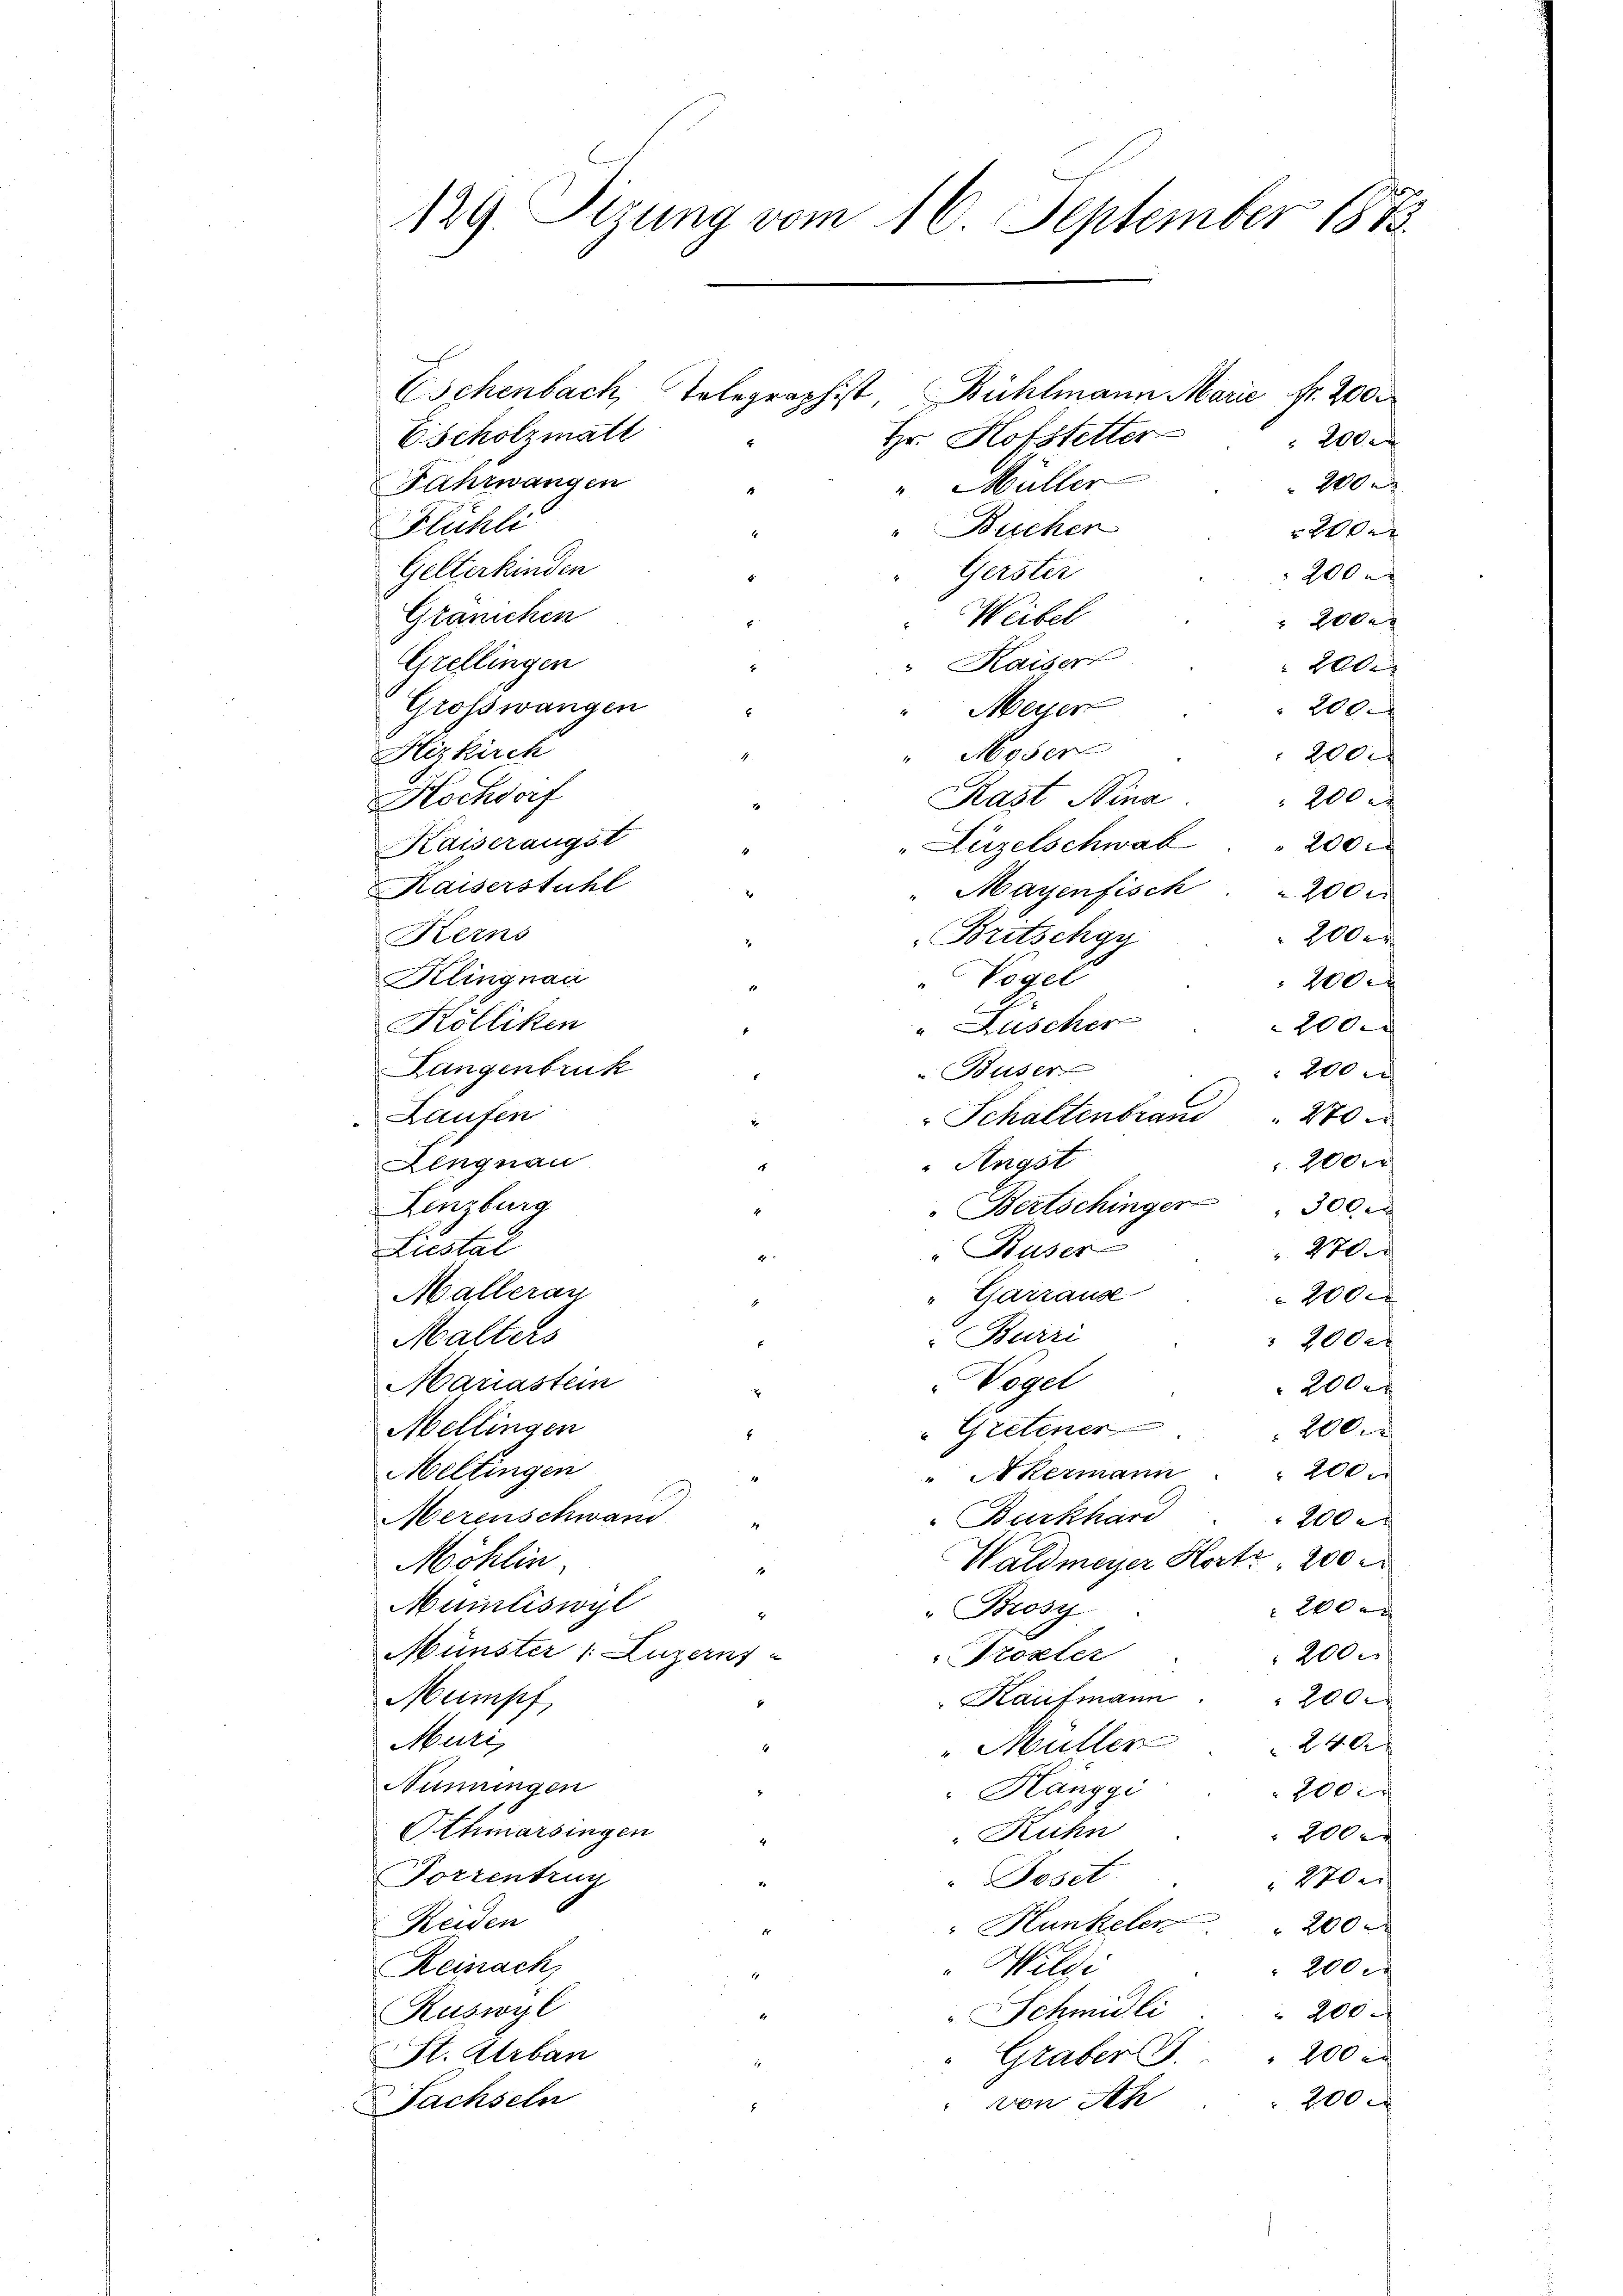
129. Sizung vom 16. September 1873.

Eschenbach, Tolegraphist, Bühlmann Marie fr. 200.
Escholzmate
Hr. Hofstetter
Fahrwangen
" Müller
Flühli
" Bischen
Gelterkinden
Gerster
200
Gränichen
Weibel
 2000
" Kaiser
Grellingen
200
Großwangen
 200.
" Meyer
" Moser
Hizkirch
200 f
Rast Nina
Hochdorf
200 r
Kaiserangst
"Hirzelschwal  "  200 r
Kaiserstuhl
" Mayenfisch   200
200 er
Kerns
Britschgy
Tegel
Klingnau
200 r
" Lüscher
Kölliken
2000
Langenbruck
u Buser
200 r
Laufen
Schaltenbrand " 270
200 r
Angst
Lengnau
Lenzburg
Bertschinger " 300
Liestal
Buser
20
Mallerau
"Garrause
2000
Burri
Malters
 2000
Vogel
Mariastein
200
Mellingen
"Gretener
200
Mellingen
200.
" Akermann
Merenschwan
Burkhard
200
Waldmeyer Hort 200
Möhlin
Münliswyl
20x
"Brosy
Münster 1 Luzerns -
200.
Tröster
" Kaufmann . " 200
Mumpf
Muri,
240
" Müller
Nümmingen
Hänggi
200
Athmarsingen
Ruhn
200x
Torrentrug
Poset.
270 x
Reiden
Hunkelen
 200
Reinach
200x
Wildi
 200.
Ruswyl
Schmidli
200 x
St. Urban
Graber
200
von Sch
Fachseln

200 er
200 x
200x